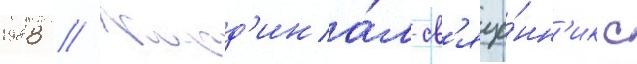
1988 // Кард'ина́л-св'яще́нн'ик с